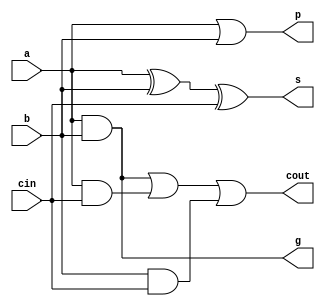
//////////////////////////////////////////////////////////////////////////////////
// Company: 
// Engineer: 
// 
// Design Name: 
// Module Name: fa
// Project Name: 
// Target Devices: 
// Tool Versions: 
// Description: 
// 
// Dependencies: 
// 
// Revision:
// Revision 0.01 - File Created
// Additional Comments:
// 
//////////////////////////////////////////////////////////////////////////////////


module fa(
    input a,
    input b,
    input cin,
    output g,
    output p,
    output s,
    output cout
    );
    assign s = a ^ b ^ cin;
    assign cout = (a & b) | (a & cin) | (b & cin);
    assign g = a & b;
    assign p = a | b;
endmodule